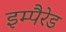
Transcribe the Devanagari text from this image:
इम्पैरेड